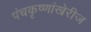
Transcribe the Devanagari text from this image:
पंचकृष्णांखेरीज